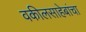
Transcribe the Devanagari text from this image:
वकीलसाहेबांचा